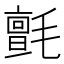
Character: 氈